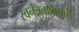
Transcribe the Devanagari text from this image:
स्वनंत्रताप्रापती